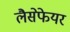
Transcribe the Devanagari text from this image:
लैसेफेयर